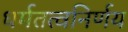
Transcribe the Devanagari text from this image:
धर्मतत्वनिर्णय